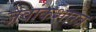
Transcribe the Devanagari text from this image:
जैवांकशास्त्र